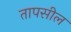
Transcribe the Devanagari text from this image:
तापसील